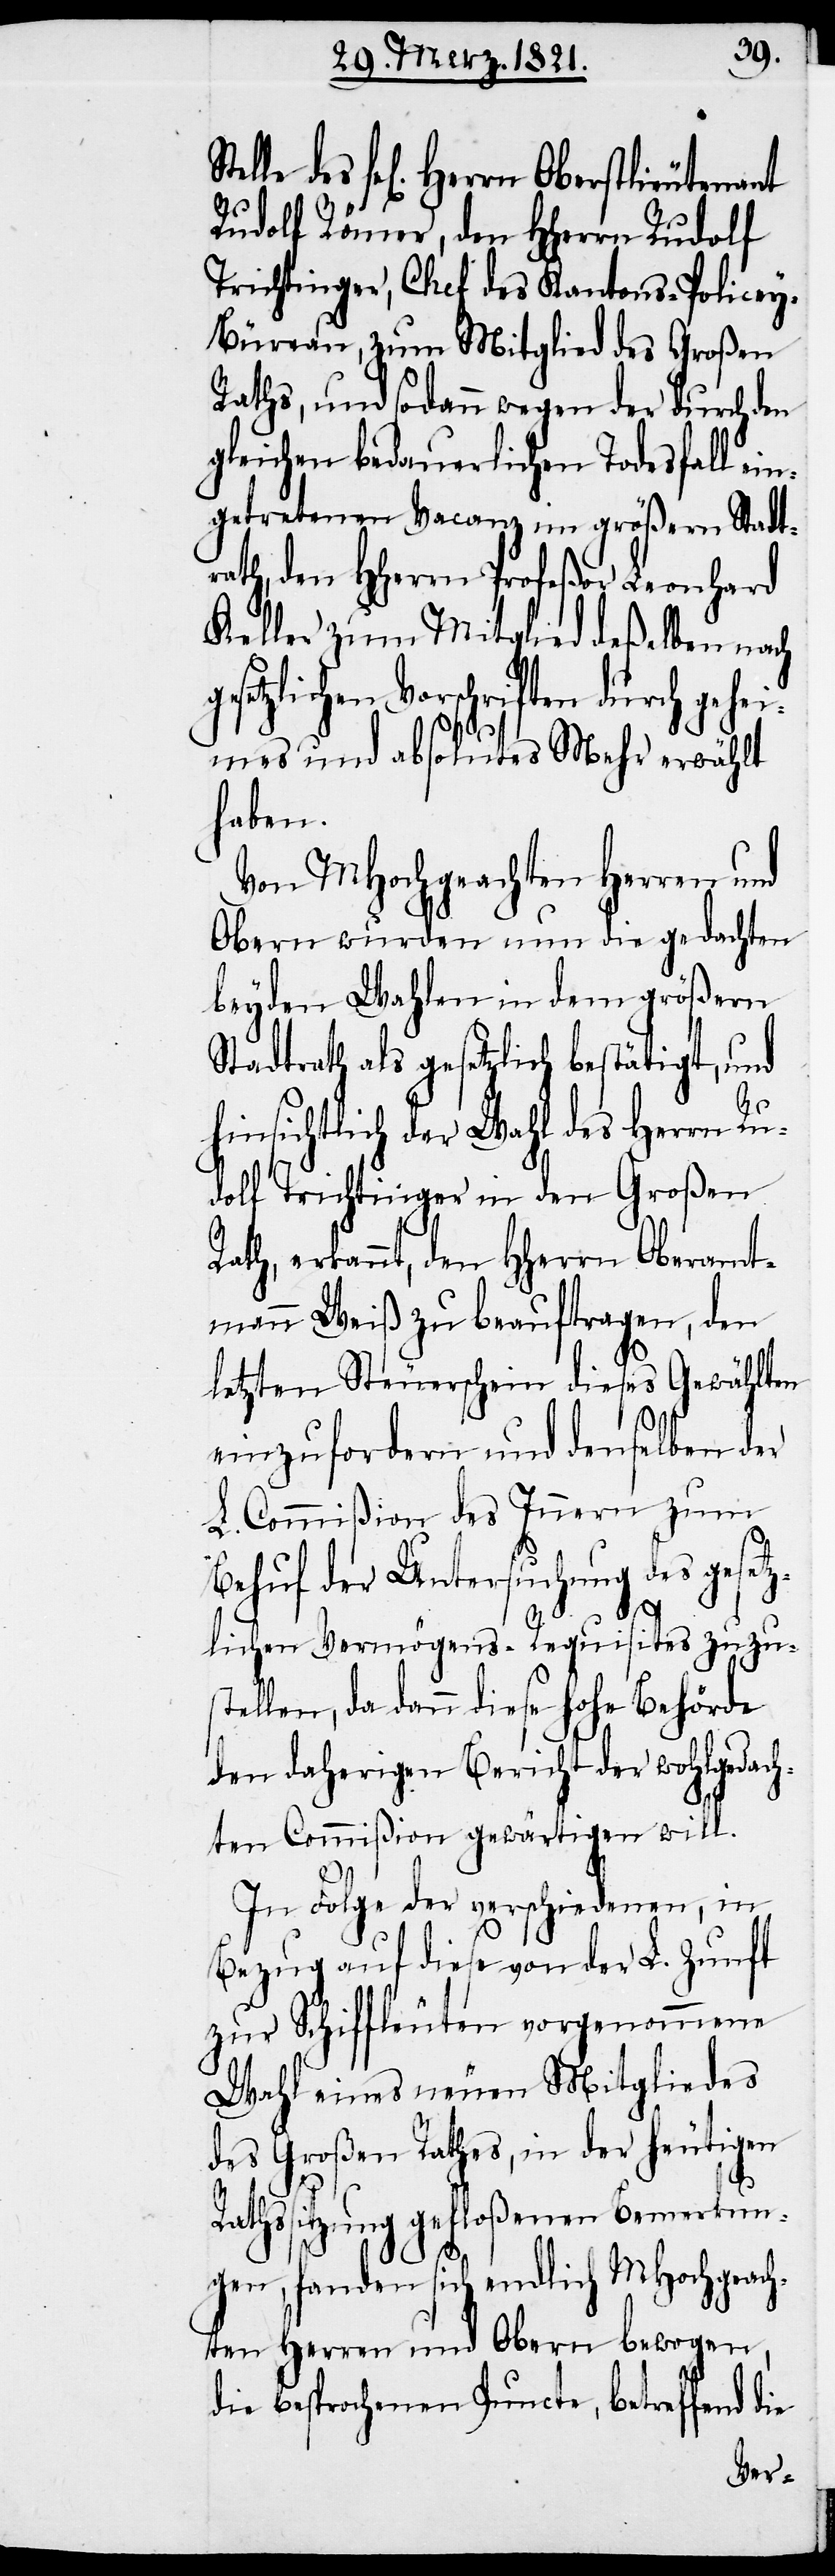
sel[igen] Herrn Oberstlieutenant
Rudolf Römer, den HHerrn Rudolf
Trichtinger, Chef des Kantons-Police¬
y-Büreau, zum Mitglied des Großen
Raths, und sodann wegen der durch den
gleichen bedauerlichen Todesfall ei¬
ngetretenen Vacanz im größern Stadt¬
rath, den HHerrn Profeßor Leonhard
Keller zum Mitglied deßelben nach
gesetzlichen Vorschriften durch gehei¬
mes und absolutes Mehr erwählt
haben.
Von MHochgeachten Herren und
Obern wurden nun die gedachten
beyden Wahlen in dem größern
Stadtrath als gesetzlich bestätigt, und
hinsichtlich der Wahl des Herrn Ru¬
dolf Trichtinger in den Großen
ath, erkannt, den HHerrn Oberamt¬
mann Weiß zu beauftragen, den
letzten Steuerschein dieses Gewählten
einzufordern und denselben der
L. Commißion des Innern zum
Behuf der Untersuchung des geset¬
zlichen Vermögens-Requisites zuzu¬
stellen, da dann diese hohe Behörde
den daherigen Bericht der wohlgedach¬
ten Commißion gewärtigen will.
R¬
In Folge der verschiedenen, in
Bezug auf diese von der L. Zunft
zur Schiffleuten vorgenommene
Wahl eines neuen Mitgliedes
des Großen Rathes, in der heutigen
Rathssitzung gefloßenen Bemerkun¬
gen, fanden sich endlich MHochgeach¬
ten Herren und Obern bewogen,
die besprochenen Puncte, betreffend die